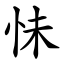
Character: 怽